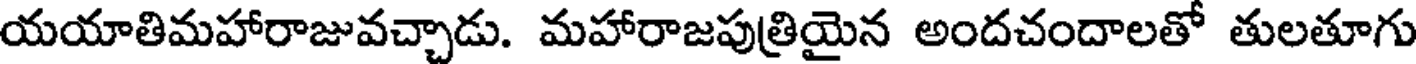
యయాతిమహారాజువచ్చాడు. మహారాజపుత్రియైన అందచందాలతో తులతూగు